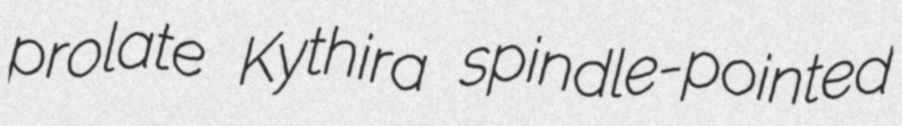
prolate Kythira spindle-pointed